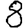
Digit: 8